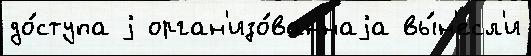
до́ступа j орган'изо́ваннаjа вы́н'есл'и